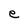
Character: e